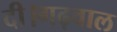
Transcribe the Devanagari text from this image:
दी।गढ़वाल